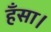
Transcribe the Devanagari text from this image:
हँसा।